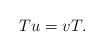
LaTeX: \begin{gather*} Tu=vT. \end{gather*}